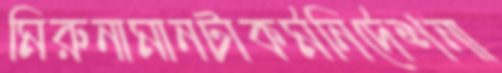
মিরুনামানটাকর্মনির্দেশনা